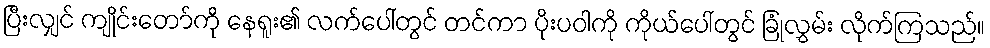
ပြီးလျှင် ကျိုင်းတော်ကို နေရူး၏ လက်ပေါ်တွင် တင်ကာ ပိုးပဝါကို ကိုယ်ပေါ်တွင် ခြုံလွှမ်း လိုက်ကြသည်။